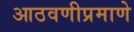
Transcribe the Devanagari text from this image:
आठवणीप्रमाणे